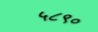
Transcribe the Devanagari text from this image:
५८९०